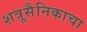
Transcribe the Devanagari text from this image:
शत्रूसैनिकाचा